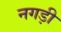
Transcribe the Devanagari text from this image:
नगड़ी